Civil Veterinary Department Bihar reports 1936-40 - 1936-1940
Year: 1936
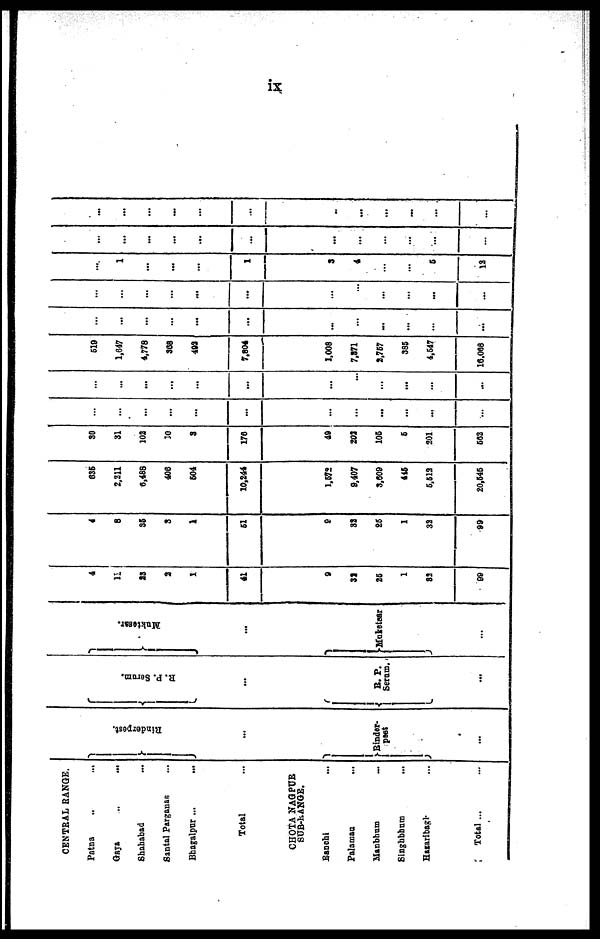
ix
CENTRAL RANGE.
Patna
..
...
Gaya .. ...
Shahabad ...
Santal Parganas ...
Bhagalpur ... ...
Total ...
CHOTA NAGPUR
SUB-RANGE.
Banchi ...
Palaman ...
Manbhum ...
Singhbhum ...
Hararibagl ...
Total ...
Ri nder pes t
.
...
Binder-
past
...
R. P. Ser um.
...
R.
P.
Serum.
...
Mukt e s a r
.
...
Muketsar
4
11
23
2
1
41
9
32
25
1
33
99
4
8
36
3
1
61
9
33
25
1
32
99
635
2,211
6,488
406
604
10,244
1,672
9,407
3,909
416
5,512
20,646
30
31
102
10
3
176
49
202
106
6
201
563
...
...
...
...
...
...
...
...
...
...
...
...
...
...
...
...
...
...
...
...
...
...
...
...
619
1,647
4,778
368
492
7,804
1,008
7,371
2,757
385
4,647
16,068
...
...
...
...
...
...
...
...
...
...
...
...
...
...
...
...
...
...
...
...
...
...
...
...
...
1
...
...
...
1
3
4
...
...
6
12
...
...
...
...
...
...
...
...
...
...
...
...
...
...
...
...
...
...
...
...
...
...
...